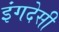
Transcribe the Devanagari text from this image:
इंगदेसी